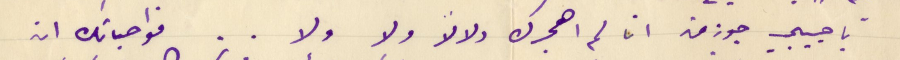
يا حبيبي جوزف ان لم اهجرك ولالا ولا ولا .. فواجباتك ان